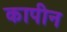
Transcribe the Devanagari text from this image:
कापीन